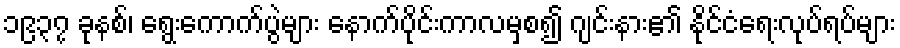
၁၉၃၇ ခုနစ်၊ ရွေးကောက်ပွဲများ နောက်ပိုင်းကာလမှစ၍ ဂျင်းနား၏ နိုင်ငံရေးလုပ်ရပ်များ